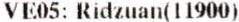
VE05: RIDZUAN(11900)